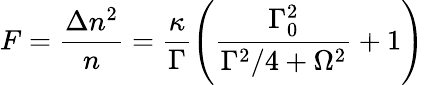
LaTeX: F=\frac{\Delta n^{2}}{n}=\frac{\kappa}{\Gamma}\left(\frac{\Gamma_{0}^{2}}{\Gamma^{2}/4+\Omega^{2}}+1\right)